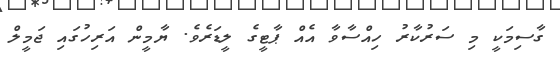
ގާސިމަކީ މި ސަރުކާރު ހިއްސާވާ އެއް ޕާޓީގެ ލީޑަރެވެ. ޔާމީން އަރިހުގައި ޖަމީލް